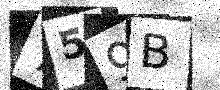
Text: 759B